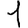
Digit: 1